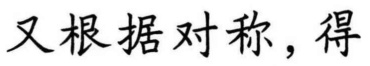
又根据对称，得